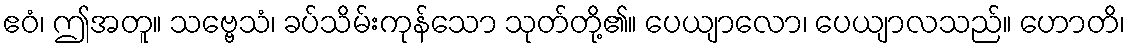
ဧဝံ၊ ဤအတူ။ သဗ္ဗေသံ၊ ခပ်သိမ်းကုန်သော သုတ်တို့၏။ ပေယျာလော၊ ပေယျာလသည်။ ဟောတိ၊